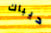
ديباك